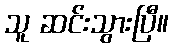
သူ ဆင်းသွားပြီ။